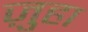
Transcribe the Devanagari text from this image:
ज़ुहा